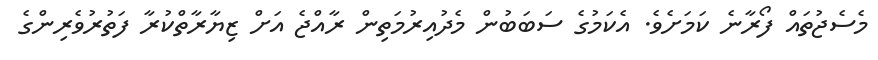
މެސެޖުތައް ފޯރާނެ ކަމަށެވެ. އެކަމުގެ ސަބަބުން މެދުއިރުމަތިން ރާއްޖެ އަށް ޒިޔާރާތްކުރާ ފަތުރުވެރިންގެ